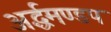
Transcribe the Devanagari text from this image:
अर्द्धमण्डप